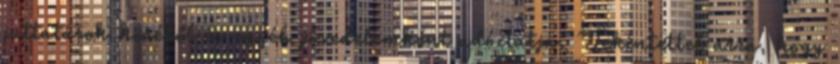
juttatások köréből és egyéb jövedelemként adóztatja. Tekintettel arra, hogy